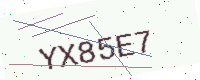
Text: YX85E7